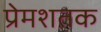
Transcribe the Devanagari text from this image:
प्रेमशतक